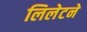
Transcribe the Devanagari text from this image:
लिलेटने